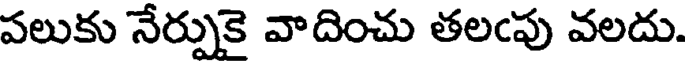
పలుకు నేర్పుకై వాదించు తలఁపు వలదు.